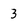
Character: 3